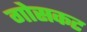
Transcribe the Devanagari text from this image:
गोसकट